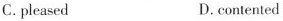
C. pleased D.contented